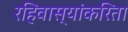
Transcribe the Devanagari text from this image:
रहिवास्यांकरिता